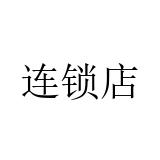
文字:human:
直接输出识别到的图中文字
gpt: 连锁店